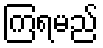
ကြရမည်